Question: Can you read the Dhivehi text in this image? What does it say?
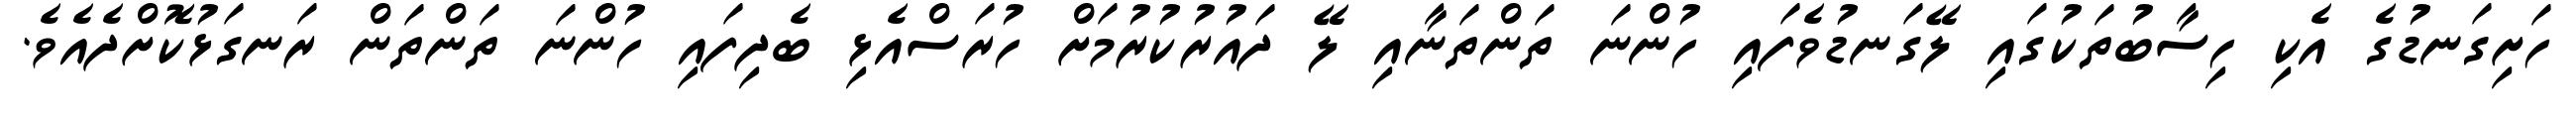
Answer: ހަށިގަނޑުގެ އެކި ހިސާބުތަކުގައި ލޭގަނޑުވެފައި ހުންނަ ތަންތަނާއި ލޭ ދައުރުކުރުމަށް ހުރަސްއެޅި ބެދިފައި ހުންނަ ތަންތަން ރަނގަޅުކޮށްދެއެވެ.